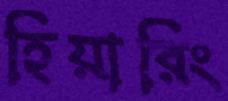
হিয়ারিং